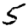
Digit: 5